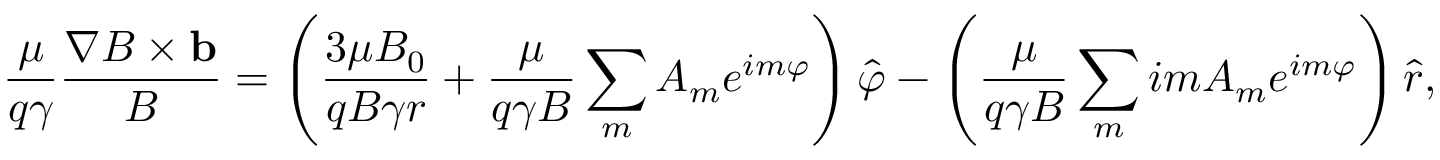
\frac { \mu } { q \gamma } \frac { \nabla B \times \mathbf { b } } { B } = \left( \frac { 3 \mu B _ { 0 } } { q B \gamma r } + \frac { \mu } { q \gamma B } \sum _ { m } A _ { m } e ^ { i m \varphi } \right) \hat { \varphi } - \left( \frac { \mu } { q \gamma B } \sum _ { m } i m A _ { m } e ^ { i m \varphi } \right) \hat { r } ,